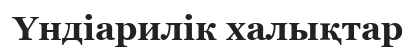
Үндіарилік халықтар